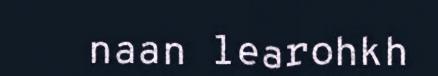
naan learohkh